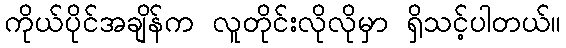
ကိုယ်ပိုင်အချိန်က လူတိုင်းလိုလိုမှာ ရှိသင့်ပါတယ်။